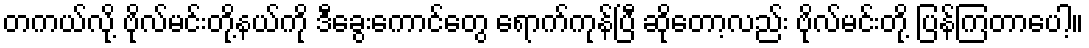
တကယ်လို့ ဗိုလ်မင်းတို့နယ်ကို ဒီခွေးကောင်တွေ ရောက်ကုန်ပြီ ဆိုတော့လည်း ဗိုလ်မင်းတို့ ပြန်ကြတာပေါ့။